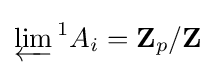
\varprojlim {}^{1}A_{i}=\mathbf {Z} _{p}/\mathbf {Z}